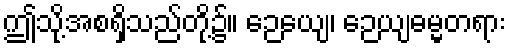
ဤသို့အစရှိသည်တို့၌။ ဉေယျေ၊ ဉေယျဓမ္မတရား